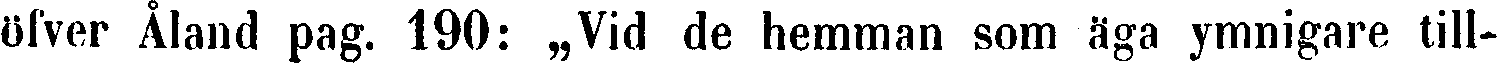
öfver Åland pag. 190: „Vid de hemman som äga ymnigare till-